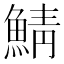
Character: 鯖